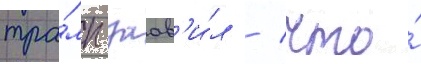
тра́мп заав'и́л / что́